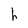
Character: h